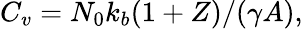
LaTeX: C_{v}={N_{0}k_{b}(1+Z)}/({\gamma A}),